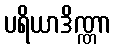
ပရိယာဒိဏ္ဏာ